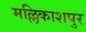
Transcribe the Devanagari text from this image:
मल्लिकाशपुर